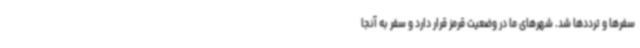
سفرها و ترددها شد. شهرهای ما در وضعیت قرمز قرار دارد و سفر به آنجا